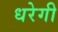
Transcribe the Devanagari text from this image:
धरेगी